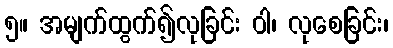
၅။ အမျက်ထွက်၍လုခြင်း ဝါ၊ လုစေခြင်း၊